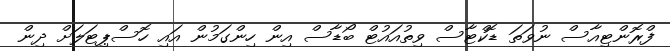
ފްރޮންޓިއާސް ނުވަތަ ޑޮކްޓާސް ވިތުއައުޓް ބޯޑާސް އިން ހިންގަމުން އައި ހޮސްޕިޓަލަށް ދިން